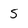
Character: 5